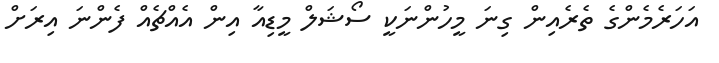
އަހަރެމެންގެ ތެރެއިން ގިނަ މީހުންނަކީ ސޯޝަލް މީޑިއާ އިން އެއްޗެއް ފެންނަ އިރަށް